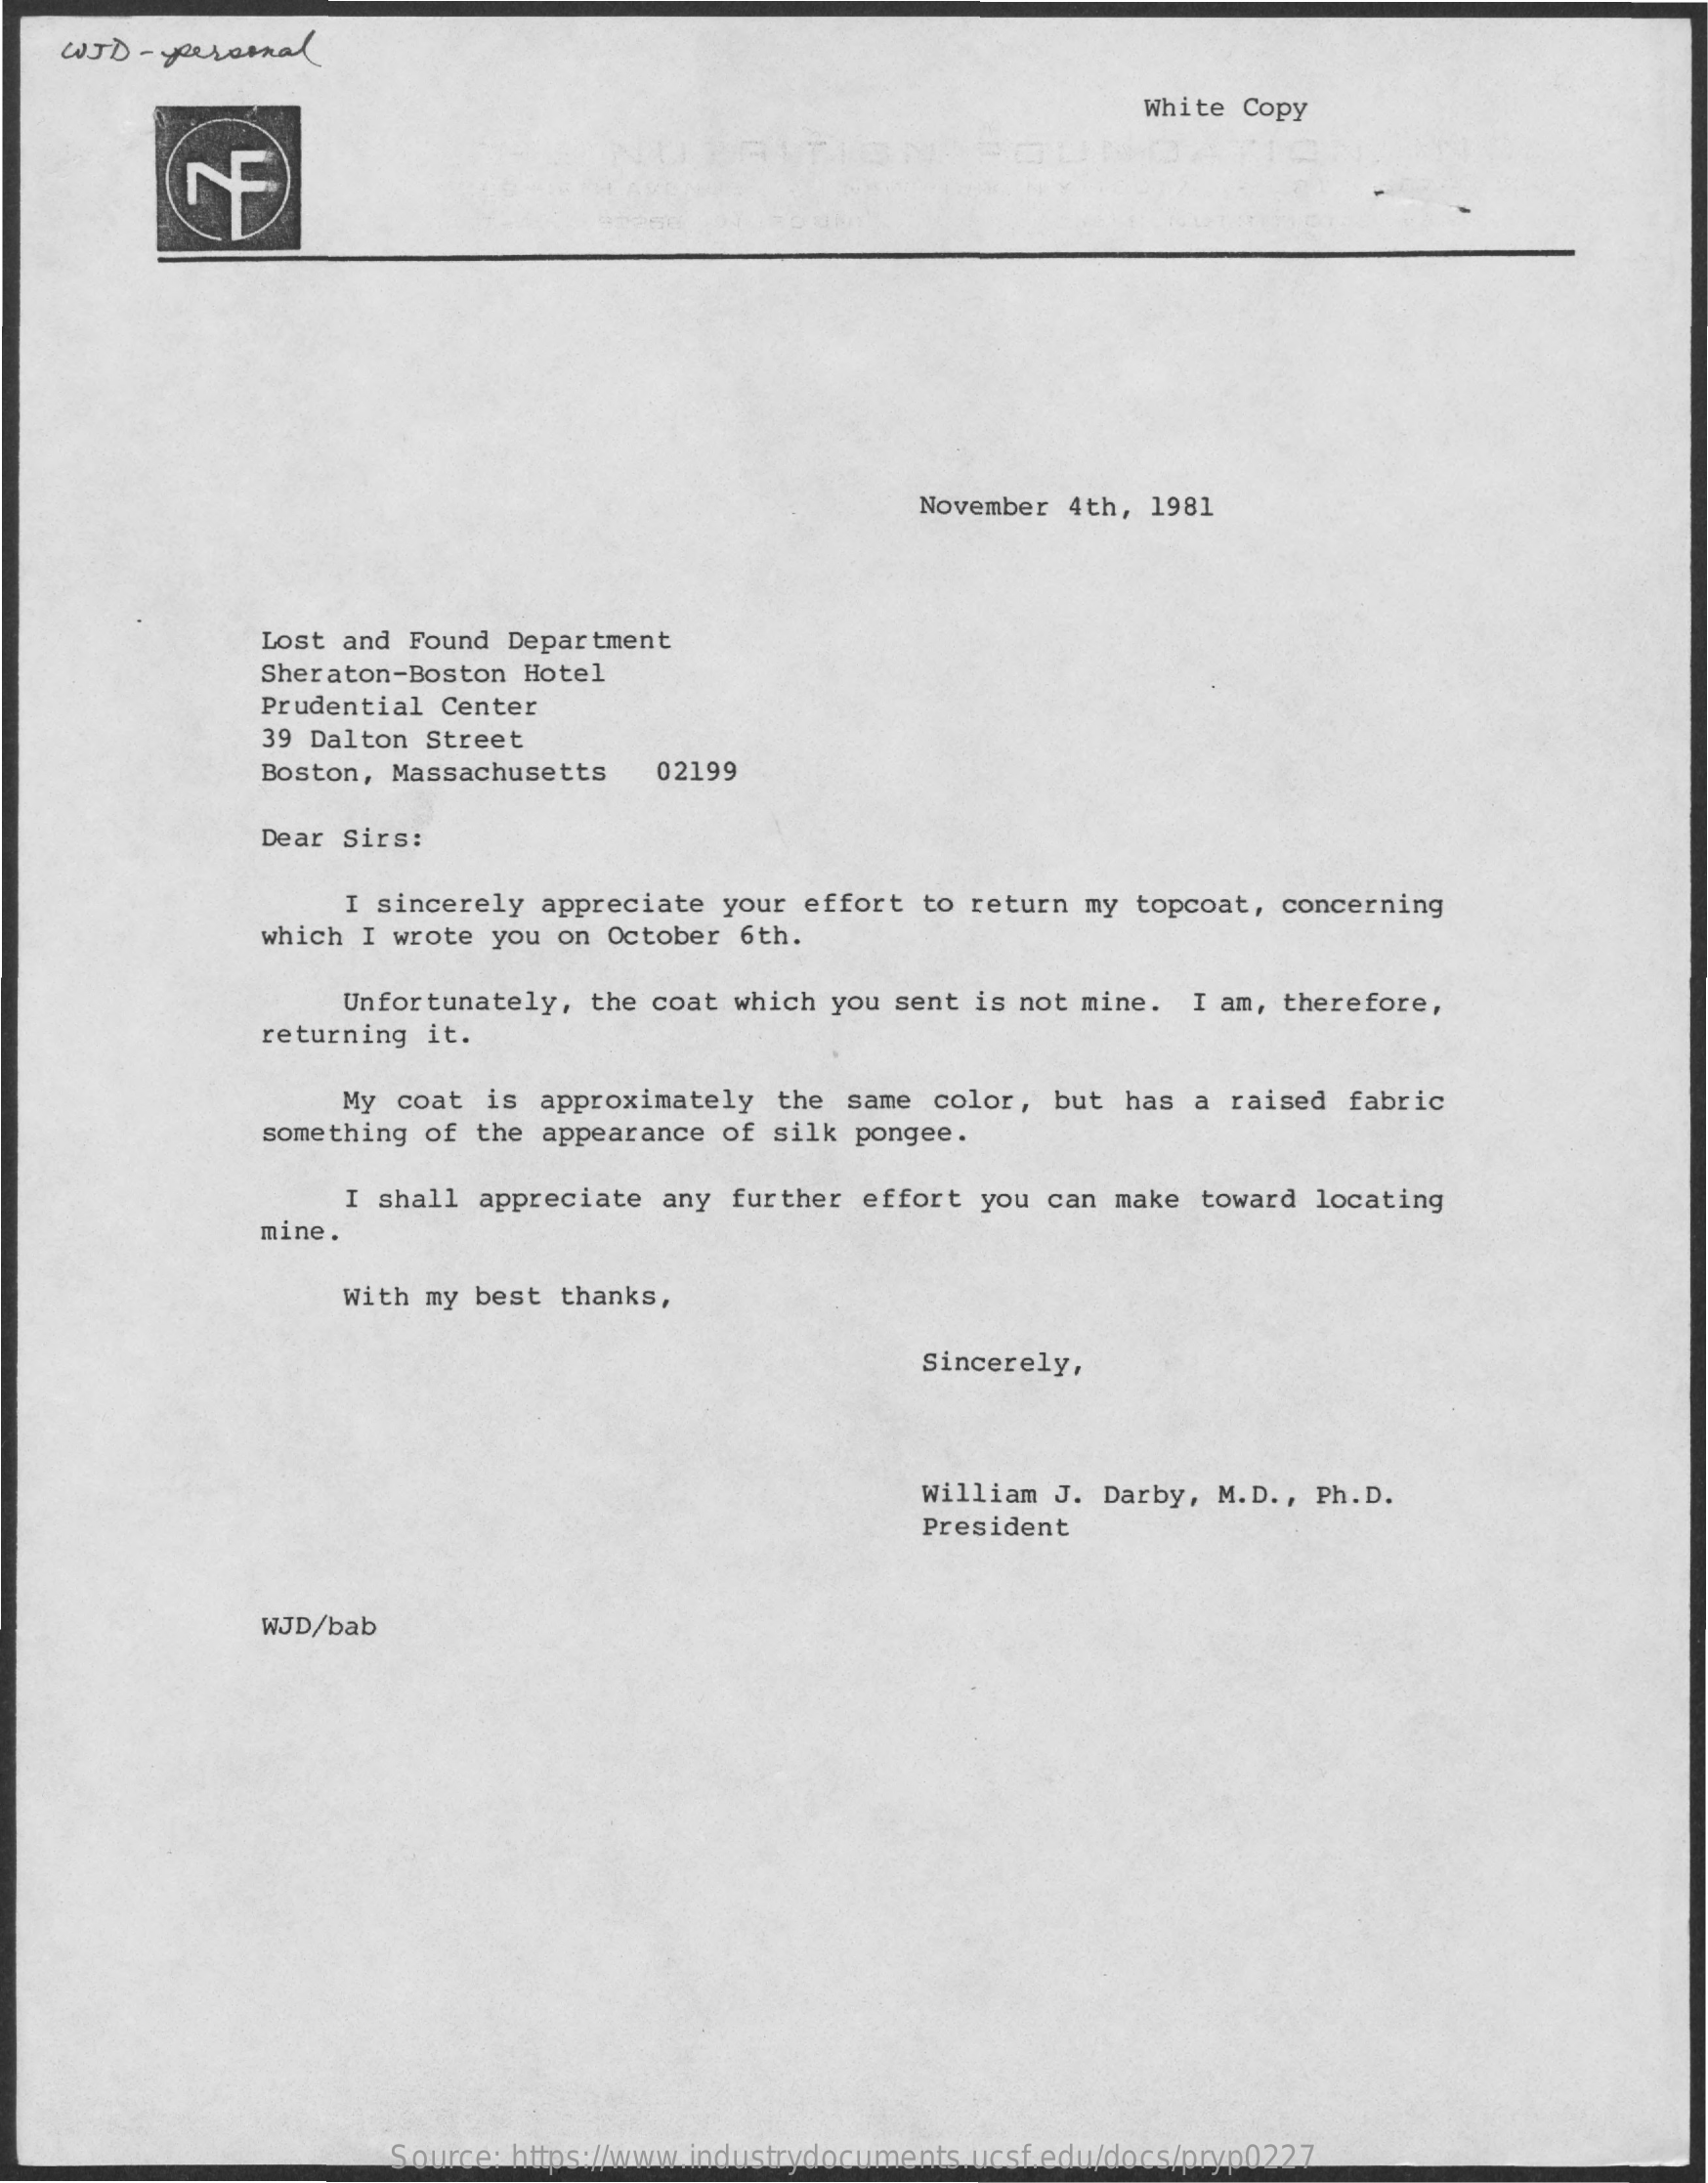
WJD  - peromal
     White Copy
     November 4th, 1981
     Lost and Found Department
     Sheraton-Boston Hotel
     Prudential Center
     39 Dalton Street
     Boston, Massachusetts    02199
     Dear Sirs:
     I sincerely  appreciate your effort  to return my  topcoat, concerning
     which I wrote you  on October 6th.
     Unfortunately, the coat which you sent is not mine.  I am, therefore,
     returning it.
     My coat  is approximately   the same  color, but  has a  raised fabric
     something of the  appearance of silk  pongee.
     I shall appreciate any  further effort  you can make  toward locating
     mine.
     With my best  thanks,
     Sincerely,
     William J. Darby,  M.D ., Ph.D.
     President
     WJD/bab
     Source: https://www.industrydocuments.ucsf.edu/docs/pryp0227